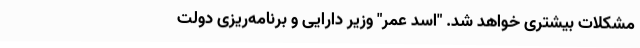
مشکلات بیشتری خواهد شد. "اسد عمر" وزیر دارایی و برنامه‌ریزی دولت